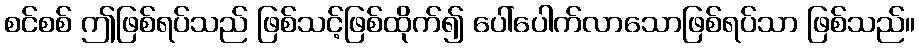
စင်စစ် ဤဖြစ်ရပ်သည် ဖြစ်သင့်ဖြစ်ထိုက်၍ ပေါ်ပေါက်လာသောဖြစ်ရပ်သာ ဖြစ်သည်။